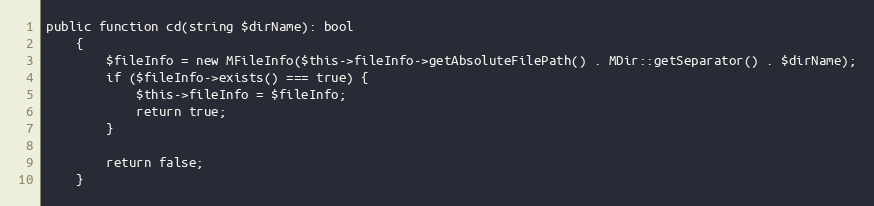
Language: PHP
public function cd(string $dirName): bool
    {
        $fileInfo = new MFileInfo($this->fileInfo->getAbsoluteFilePath() . MDir::getSeparator() . $dirName);
        if ($fileInfo->exists() === true) {
            $this->fileInfo = $fileInfo;
            return true;
        }

        return false;
    }